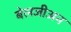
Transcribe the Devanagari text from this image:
बेलजीअन